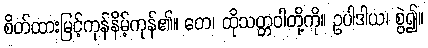
စိတ်ထားမြင့်ကုန်နိမ့်ကုန်၏။ တေ၊ ထိုသတ္တဝါတို့ကို။ ဥပါဒါယ၊ စွဲ၍။